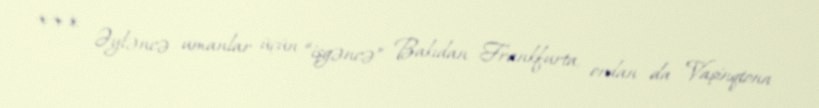
*** Əyləncə umanlar üçün “işgəncə” Bakıdan Frankfurta, ordan da Vaşinqtona